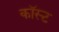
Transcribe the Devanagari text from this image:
कॉस्‍ट